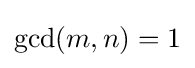
\gcd(m,n)=1